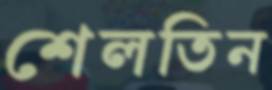
শেলতিন